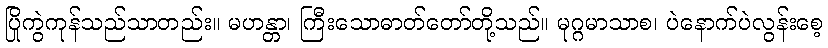
ပြိုကွဲကုန်သည်သာတည်း။ မဟန္တာ၊ ကြီးသောဓာတ်တော်တို့သည်။ မုဂ္ဂမာသာစ၊ ပဲနောက်ပဲလွန်းစေ့